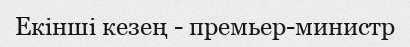
Екінші кезең - премьер-министр